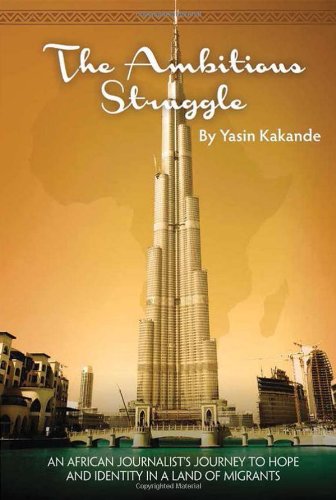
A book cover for The Ambitious Struggle: An African Journalist's Journey of Hope and Identity in a Land of Migrants; Yasin Kakande; History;